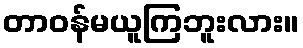
တာဝန်မယူကြဘူးလား။